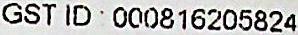
GST ID: 000816205824